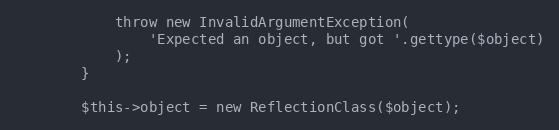
Language: PHP
            throw new InvalidArgumentException(
                'Expected an object, but got '.gettype($object)
            );
        }

        $this->object = new ReflectionClass($object);